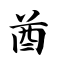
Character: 酋